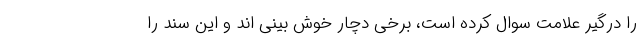
را درگیر علامت سوال کرده است، برخی دچار خوش بینی اند و این سند را